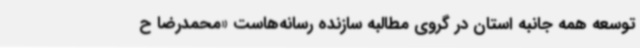
توسعه همه جانبه استان در گروی مطالبه سازنده رسانه‌هاست «محمدرضا ح